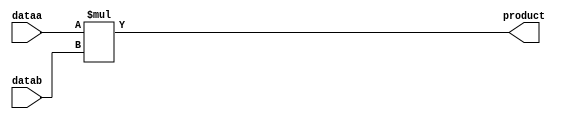
module mult4x4(
	input [3:0] dataa , datab,
	output [7:0] product);
	assign product = dataa * datab;
endmodule
module tst();
reg [3:0] dataa , datab;
wire [7:0] product;
mult4x4 m(dataa,datab,product);
initial 
	$monitor("dataa =%0d  datab=%0d product=%0d", dataa ,datab ,product);
initial begin
dataa= 0;	datab=10;
#10
dataa= 5;	datab=10;
#10
dataa= 5;	datab=0;
#10
dataa= 5;	datab=5;
#10
dataa= 15;	datab=15;
#10
dataa= -5;	datab=10;
end
endmodule